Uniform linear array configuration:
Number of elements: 64
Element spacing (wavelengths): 0.5
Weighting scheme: binomial
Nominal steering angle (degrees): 45
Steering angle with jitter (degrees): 46.577
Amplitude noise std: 0.05
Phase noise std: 0.05

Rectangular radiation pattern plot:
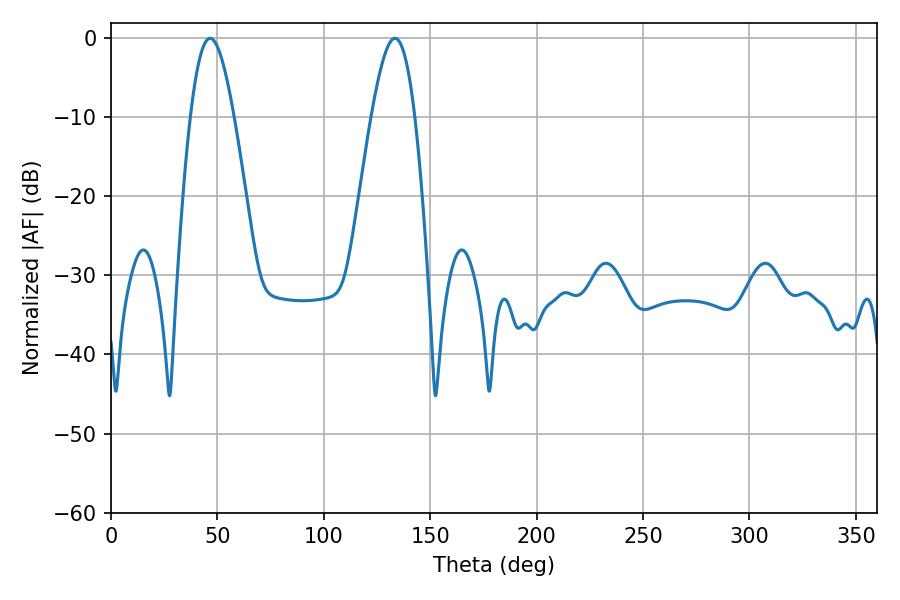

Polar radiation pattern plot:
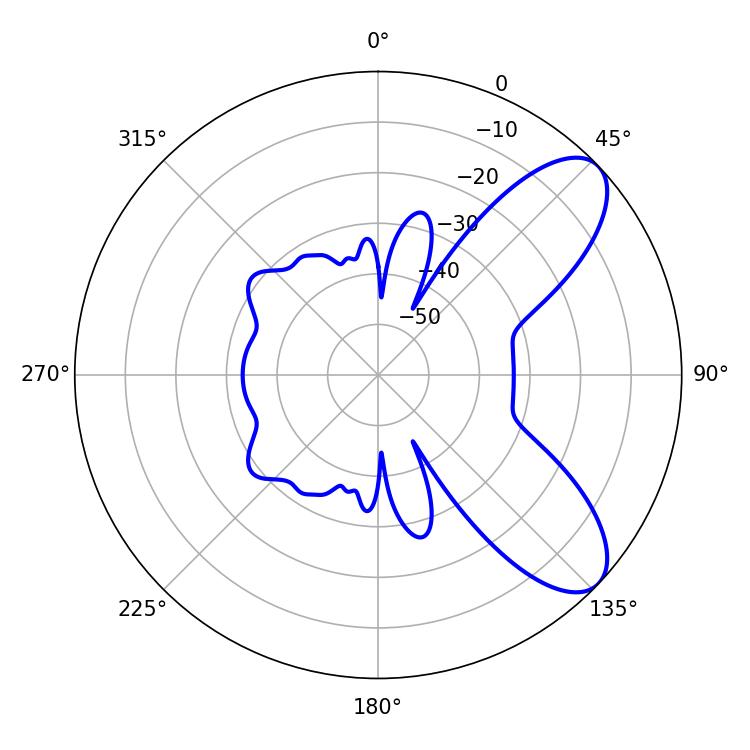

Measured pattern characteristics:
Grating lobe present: FALSE
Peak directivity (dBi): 8.161
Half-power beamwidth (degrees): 10.98
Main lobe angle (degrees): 46.62